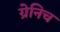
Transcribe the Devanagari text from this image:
ग्रेनिच